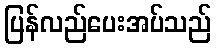
ပြန်လည်ပေးအပ်သည်